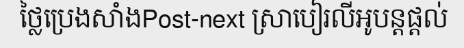
ថ្លៃប្រេងសាំងPost-next ស្រាបៀរលីអូបន្តផ្តល់